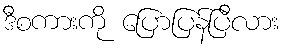
ဒီစကားကို ပြောပြန်ပြီလား